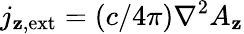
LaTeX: j_{\mathbf{z},\mathrm{{ext}}}=(c/4\pi)\nabla^{2}A_{\mathbf{z}}